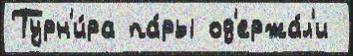
Турн'и́ра па́ры од'ержа́л'и